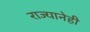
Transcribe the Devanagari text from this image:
राज्यानेही